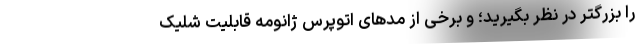
را بزرگتر در نظر بگیرید؛ و برخی از مدهای اتوپرس ژانومه قابلیت شلیک